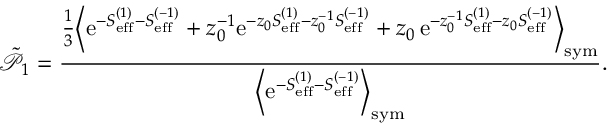
\tilde { \mathcal { P } } _ { 1 } = \frac { \frac { 1 } { 3 } \Bigl \langle \mathrm { e } ^ { - S _ { \mathrm { e f f } } ^ { ( 1 ) } - S _ { \mathrm { e f f } } ^ { ( - 1 ) } } + z _ { 0 } ^ { - 1 } \mathrm { e } ^ { - z _ { 0 } S _ { \mathrm { e f f } } ^ { ( 1 ) } - z _ { 0 } ^ { - 1 } S _ { \mathrm { e f f } } ^ { ( - 1 ) } } + z _ { 0 } \, \mathrm { e } ^ { - z _ { 0 } ^ { - 1 } S _ { \mathrm { e f f } } ^ { ( 1 ) } - z _ { 0 } S _ { \mathrm { e f f } } ^ { ( - 1 ) } } \Bigr \rangle _ { \mathrm { s y m } } } { \Bigl \langle \mathrm { e } ^ { - S _ { \mathrm { e f f } } ^ { ( 1 ) } - S _ { \mathrm { e f f } } ^ { ( - 1 ) } } \Bigr \rangle _ { \mathrm { s y m } } } .